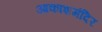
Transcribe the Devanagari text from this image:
आकाशमंदिर